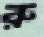
রু